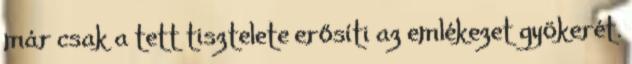
már csak a tett tisztelete erősíti az emlékezet gyökerét.